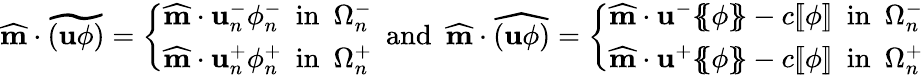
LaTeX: \widehat{\textbf{m}}\cdot\widetilde{(\textbf{u}\phi)}=\left\{ \begin{array}{ll}{\widehat{\textbf{m}}\cdot\textbf{u}_{n}^{-}\phi_{n}^{-}\enspace\mathrm{in}\enspace\Omega_{n}^{-}}\\ {\widehat{\textbf{m}}\cdot\textbf{u}_{n}^{+}\phi_{n}^{+}\enspace\mathrm{in}\enspace\Omega_{n}^{+}}\end{array}\right.\enspace\mathrm{and}\enspace\widehat{\textbf{m}}\cdot\widehat{(\textbf{u}\phi)}=\left\{ \begin{array}{ll}{\widehat{\textbf{m}}\cdot\textbf{u}^{-}\{ \! \! \{ \phi\} \! \! \} -c[\! [\phi]\! ]\enspace\mathrm{in}\enspace\Omega_{n}^{-}}\\ {\widehat{\textbf{m}}\cdot\textbf{u}^{+}\{ \! \! \{ \phi\} \! \! \} -c[\! [\phi]\! ]\enspace\mathrm{in}\enspace\Omega_{n}^{+}}\end{array}\right.